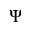
\Psi